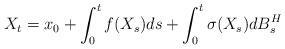
LaTeX: \begin{align*} X_t = x_0 + \int_0^tf(X_s)ds + \int_0^t\sigma(X_s)d{B}^H_s\end{align*}